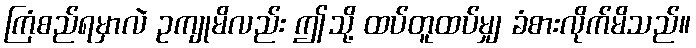
ကြံစည်ရမှာလဲ ဥကျုမိလည်း ဤသို့ ထပ်တူထပ်မျှ ခံစားလိုက်မိသည်။